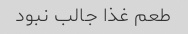
طعم غذا جالب نبود